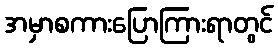
အမှာစကားပြောကြားရာတွင်